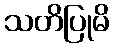
သတိပြုမိ